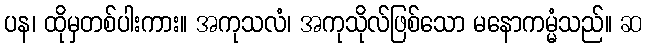
ပန၊ ထိုမှတစ်ပါးကား။ အကုသလံ၊ အကုသိုလ်ဖြစ်သော မနောကမ္မံသည်။ ဆ